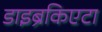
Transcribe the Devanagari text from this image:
डाइब्रैंकिएटा